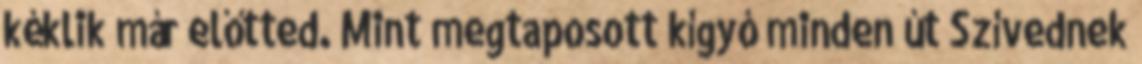
kéklik már előtted. Mint megtaposott kígyó minden út Szívednek